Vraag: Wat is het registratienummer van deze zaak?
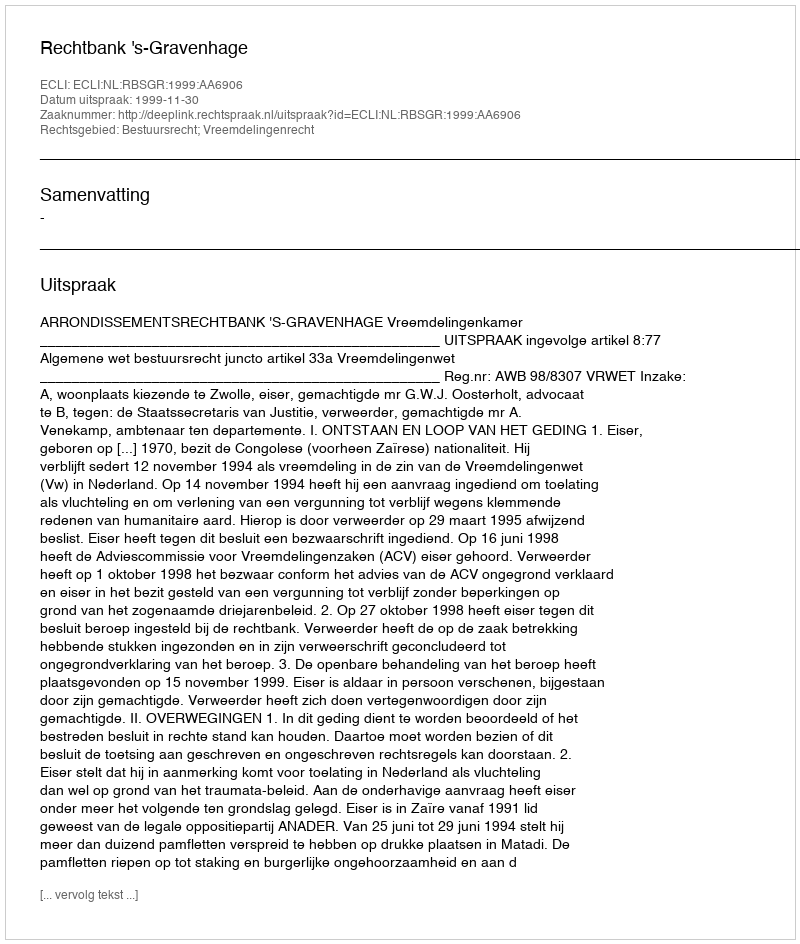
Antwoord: http://deeplink.rechtspraak.nl/uitspraak?id=ECLI:NL:RBSGR:1999:AA6906